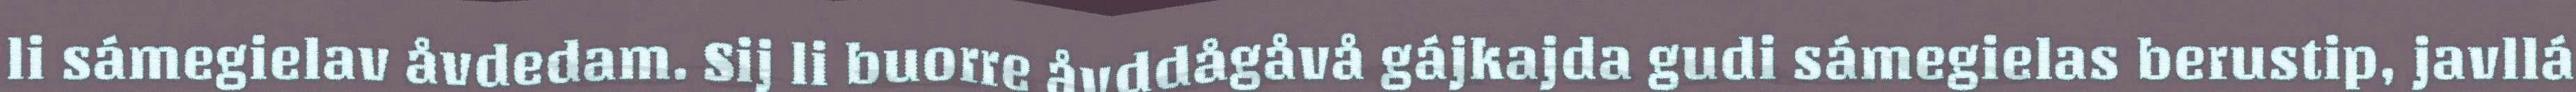
li sámegielav åvdedam. Sij li buorre åvddågåvå gájkajda gudi sámegielas berustip, javllá